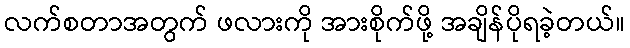
လက်စတာအတွက် ဖလားကို အားစိုက်ဖို့ အချိန်ပိုရခဲ့တယ်။